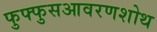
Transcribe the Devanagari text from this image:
फुफ्फुसआवरणशोथ